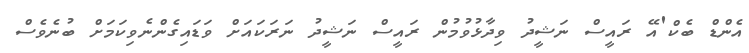
އެންޑް ބެކް'އޭ ރައީސް ނަޝީދު ވިދާޅުވުމުން ރައީސް ނަޝީދު ނަރަކައަށް ވަޑައިގެންނެވިކަމަށް ބުނެވެސް